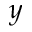
y